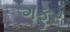
ગફૂર